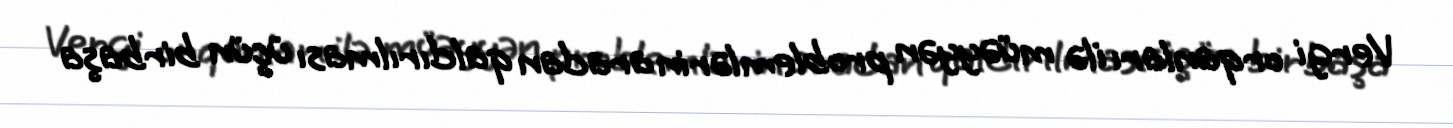
Vergi orqanları ilə müəyyən problemlərin aradan qaldırılması üçün birbaşa